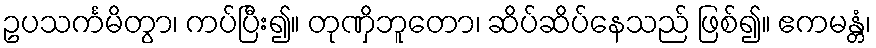
ဥပသင်္ကမိတွာ၊ ကပ်ပြီး၍။ တုဏှိဘူတော၊ ဆိပ်ဆိပ်နေသည် ဖြစ်၍။ ဧကမန္တံ၊